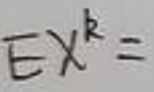
$EX^{k}=$